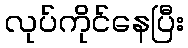
လုပ်ကိုင်နေပြီး